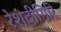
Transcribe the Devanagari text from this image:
रेशंदीगिरि